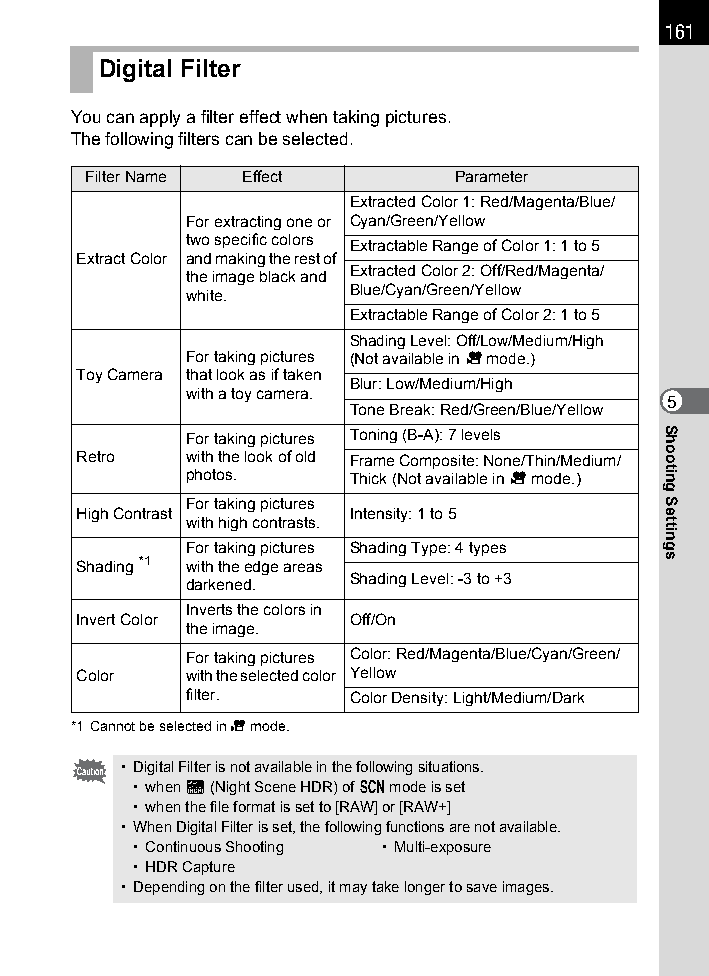
161
 Digital Filter
 You can apply a filter effect when taking pictures.
 The following filters can be selected.
 Filter Name Effect       Parameter
 Extracted Color 1: Red/Magenta/Blue/
 For extracting one or Cyan/Green/Yellow
 two specific colors Extractable Range of Color 1: 1 to 5
 Extract Color and making the rest of
 the image black and Extracted Color 2: Off/Red/Magenta/
 white.     Blue/Cyan/Green/Yellow
 Extractable Range of Color 2: 1 to 5
 Shading Level: Off/Low/Medium/High
 For taking pictures (Not available in C mode.)
 Toy Camera that look as if taken
 Blur: Low/Medium/High
 with a toy camera.
 5
 Tone Break: Red/Green/Blue/Yellow
 For taking pictures Toning (B-A): 7 levels
 Retro  with the look of old Frame Composite: None/Thin/Medium/
 photos.    Thick (Not available in C mode.)
 For taking pictures
 High Contrast     Intensity: 1 to 5
 with high contrasts.
 For taking pictures Shading Type: 4 types
 Shading *1 with the edge areas
 darkened.  Shading Level: -3 to +3
 Inverts the colors in
 Invert Color      Off/On
 the image.
 For taking pictures Color: Red/Magenta/Blue/Cyan/Green/
 Color  with the selected color Yellow
 filter.    Color Density: Light/Medium/Dark
 *1 Cannot be selected in C mode.
 • Digital Filter is not available in the following situations.
 • when Z (Night Scene HDR) of H mode is set
 • when the file format is set to [RAW] or [RAW+]
 • When Digital Filter is set, the following functions are not available.
 • Continuous Shooting • Multi-exposure
 • HDR Capture
 • Depending on the filter used, it may take longer to save images.
 Shooting
 Settings